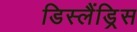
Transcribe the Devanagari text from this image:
डिस्लैंड्रिस